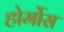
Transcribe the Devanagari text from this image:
होर्मोस